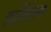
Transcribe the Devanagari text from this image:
हास्सिग